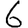
Digit: 6